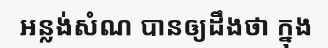
អន្លង់សំណ បានឲ្យដឹងថា ក្នុង